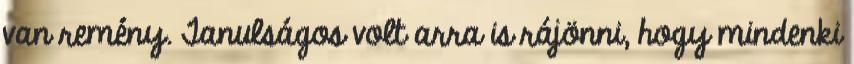
van remény. Tanulságos volt arra is rájönni, hogy mindenki